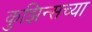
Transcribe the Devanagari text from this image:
कुझिन्सच्या